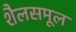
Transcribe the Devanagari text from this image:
शैलसमूल